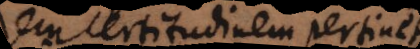
lem certitudinem pertinet.